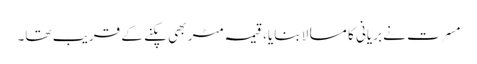
مسرت نے بریانی کا مسالا بنایا، قیمہ مٹر بھی پکنے کے قریب تھا۔